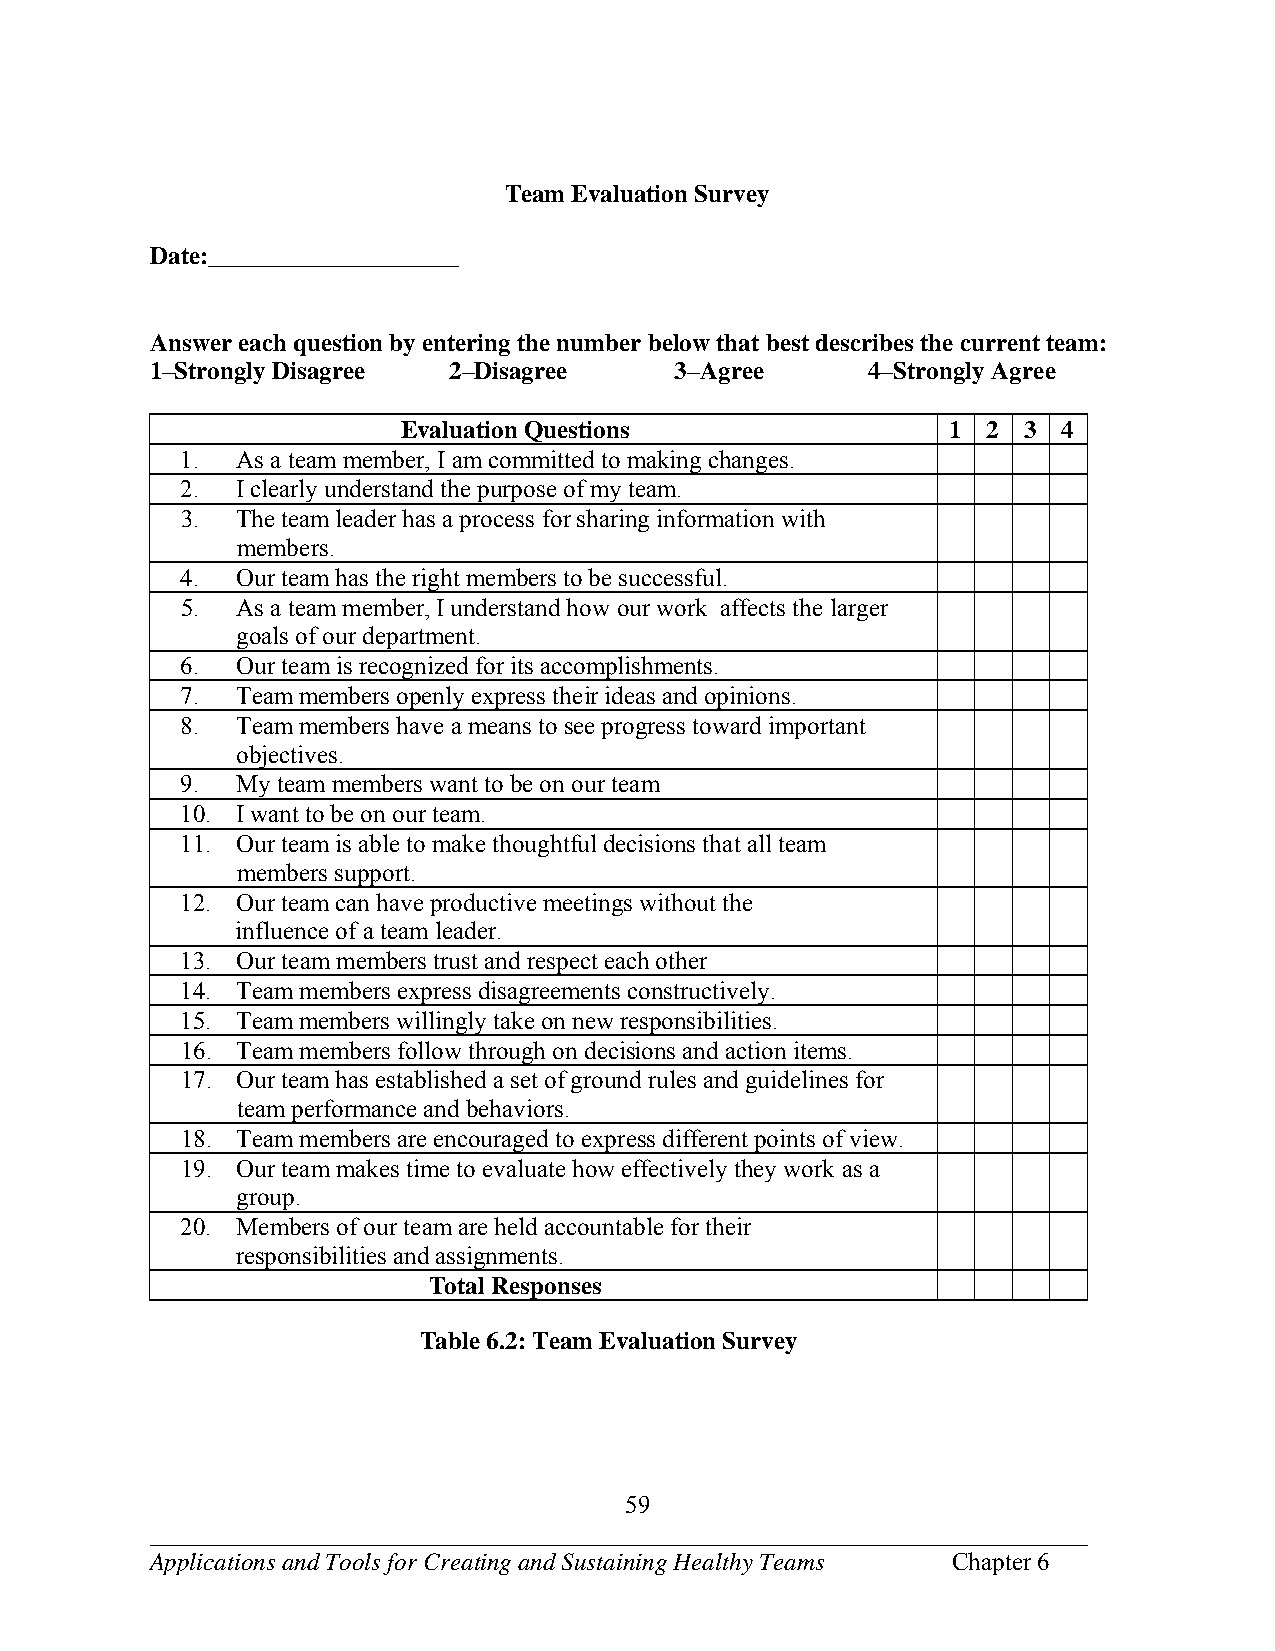
Team Evaluation Survey
 Date:____________________
 Answer each question by entering the number below that best describes the current team:
 1–Strongly Disagree 2–Disagree     3–Agree      4–Strongly Agree
 Evaluation Questions                1 2  3 4
 1.  As a team member, I am committed to making changes.
 2.  I clearly understand the purpose of my team.
 3.  The team leader has a process for sharing information with
 members.
 4.  Our team has the right members to be successful.
 5.  As a team member, I understand how our work affects the larger
 goals of our department.
 6.  Our team is recognized for its accomplishments.
 7.  Team members openly express their ideas and opinions.
 8.  Team members have a means to see progress toward important
 objectives.
 9.  My team members want to be on our team
 10. I want to be on our team.
 11. Our team is able to make thoughtful decisions that all team
 members support.
 12. Our team can have productive meetings without the
 influence of a team leader.
 13. Our team members trust and respect each other
 14. Team members express disagreements constructively.
 15. Team members willingly take on new responsibilities.
 16. Team members follow through on decisions and action items.
 17. Our team has established a set of ground rules and guidelines for
 team performance and behaviors.
 18. Team members are encouraged to express different points of view.
 19. Our team makes time to evaluate how effectively they work as a
 group.
 20. Members of our team are held accountable for their
 responsibilities and assignments.
 Total Responses
 Table 6.2: Team Evaluation Survey
 59
 ___________________________________________________________________________
 Applications and Tools for Creating and Sustaining Healthy Teams Chapter 6